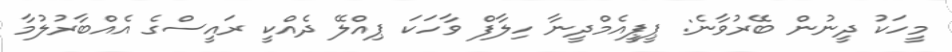
މީހަކު ދީނުން ބޭރުވާނެ: ޕީޕީއެމްދީނާ ހިލާފް ވާހަކަ ޕިއްލޭ ދެއްކީ ރައީސްގެ އެއްބާރުލުމާ